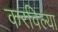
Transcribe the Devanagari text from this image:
करविल्या